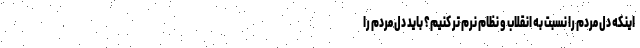
اینکه دل مردم را نسبت به انقلاب و نظام نرم تر کنیم؟ باید دل مردم را